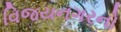
વિજયનગરનો